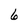
Character: 6